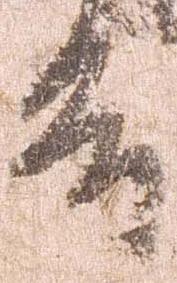
殿